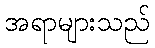
အရာများသည်